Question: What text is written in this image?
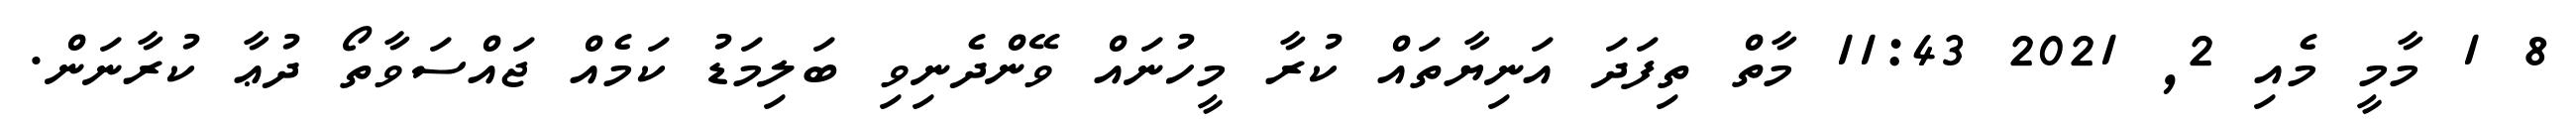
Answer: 8 1 މާމީ މެއި 2, 2021 11:43 މާތް ތިފަދަ އަނިޔާތައް ކުރާ މީހުނައް ވޭންދެނިވި ބަލިމަޑު ކަމެއް ޖައްސަވާތޯ ދުޢާ ކުރާނަން.